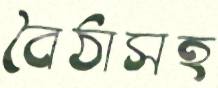
বৈঠাসহ